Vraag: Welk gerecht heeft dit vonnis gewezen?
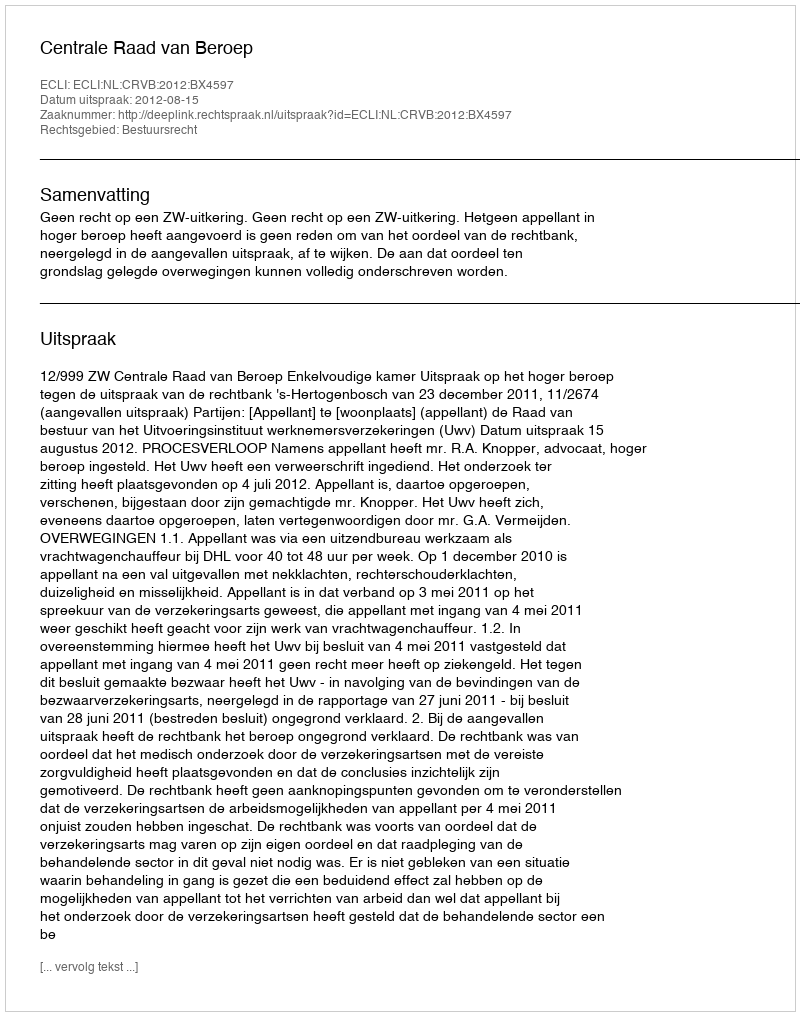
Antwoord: Centrale Raad van Beroep